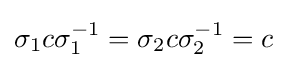
\sigma _{1}c\sigma _{1}^{-1}=\sigma _{2}c\sigma _{2}^{-1}=c